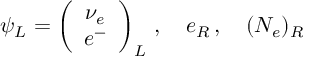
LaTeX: \psi _ { L } = \left( \begin{array} { c } { { \nu _ { e } } } \\ { { e ^ { - } } } \end{array} \right) _ { L } \, , \quad e _ { R } \, , \quad ( N _ { e } ) _ { R }